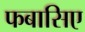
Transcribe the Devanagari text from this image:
फबासिए